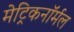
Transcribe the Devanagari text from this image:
मेट्रिकनॉर्मल